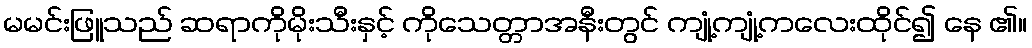
မမင်းဖြူသည် ဆရာကိုမိုးသီးနှင့် ကိုသေတ္တာအနီးတွင် ကျုံ့ကျုံ့ကလေးထိုင်၍ နေ ၏။